Scottish Certificate of Education, 1963
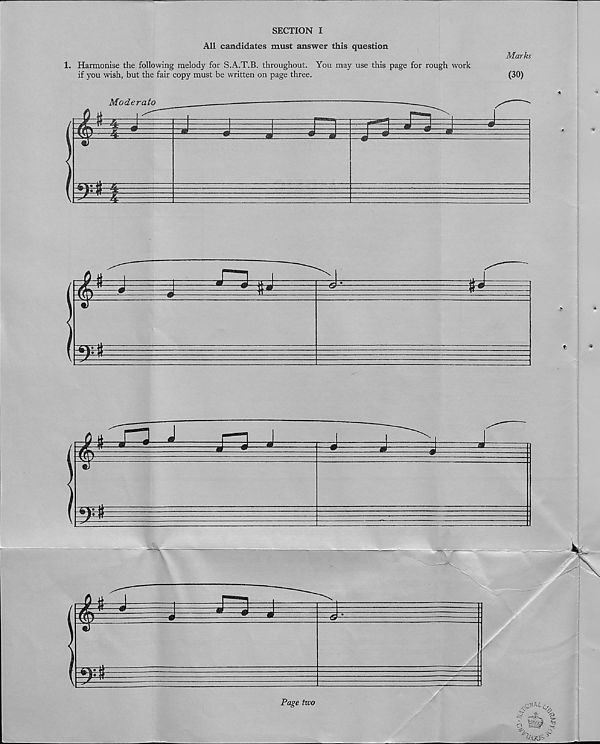
SECTION I
All candidates must answer this question
Marks
1. Harmonise the following melody for S.A.T.B. throughout. You may use this page for rough work
if you wish, but the fair copy must be written on page three.
(30)